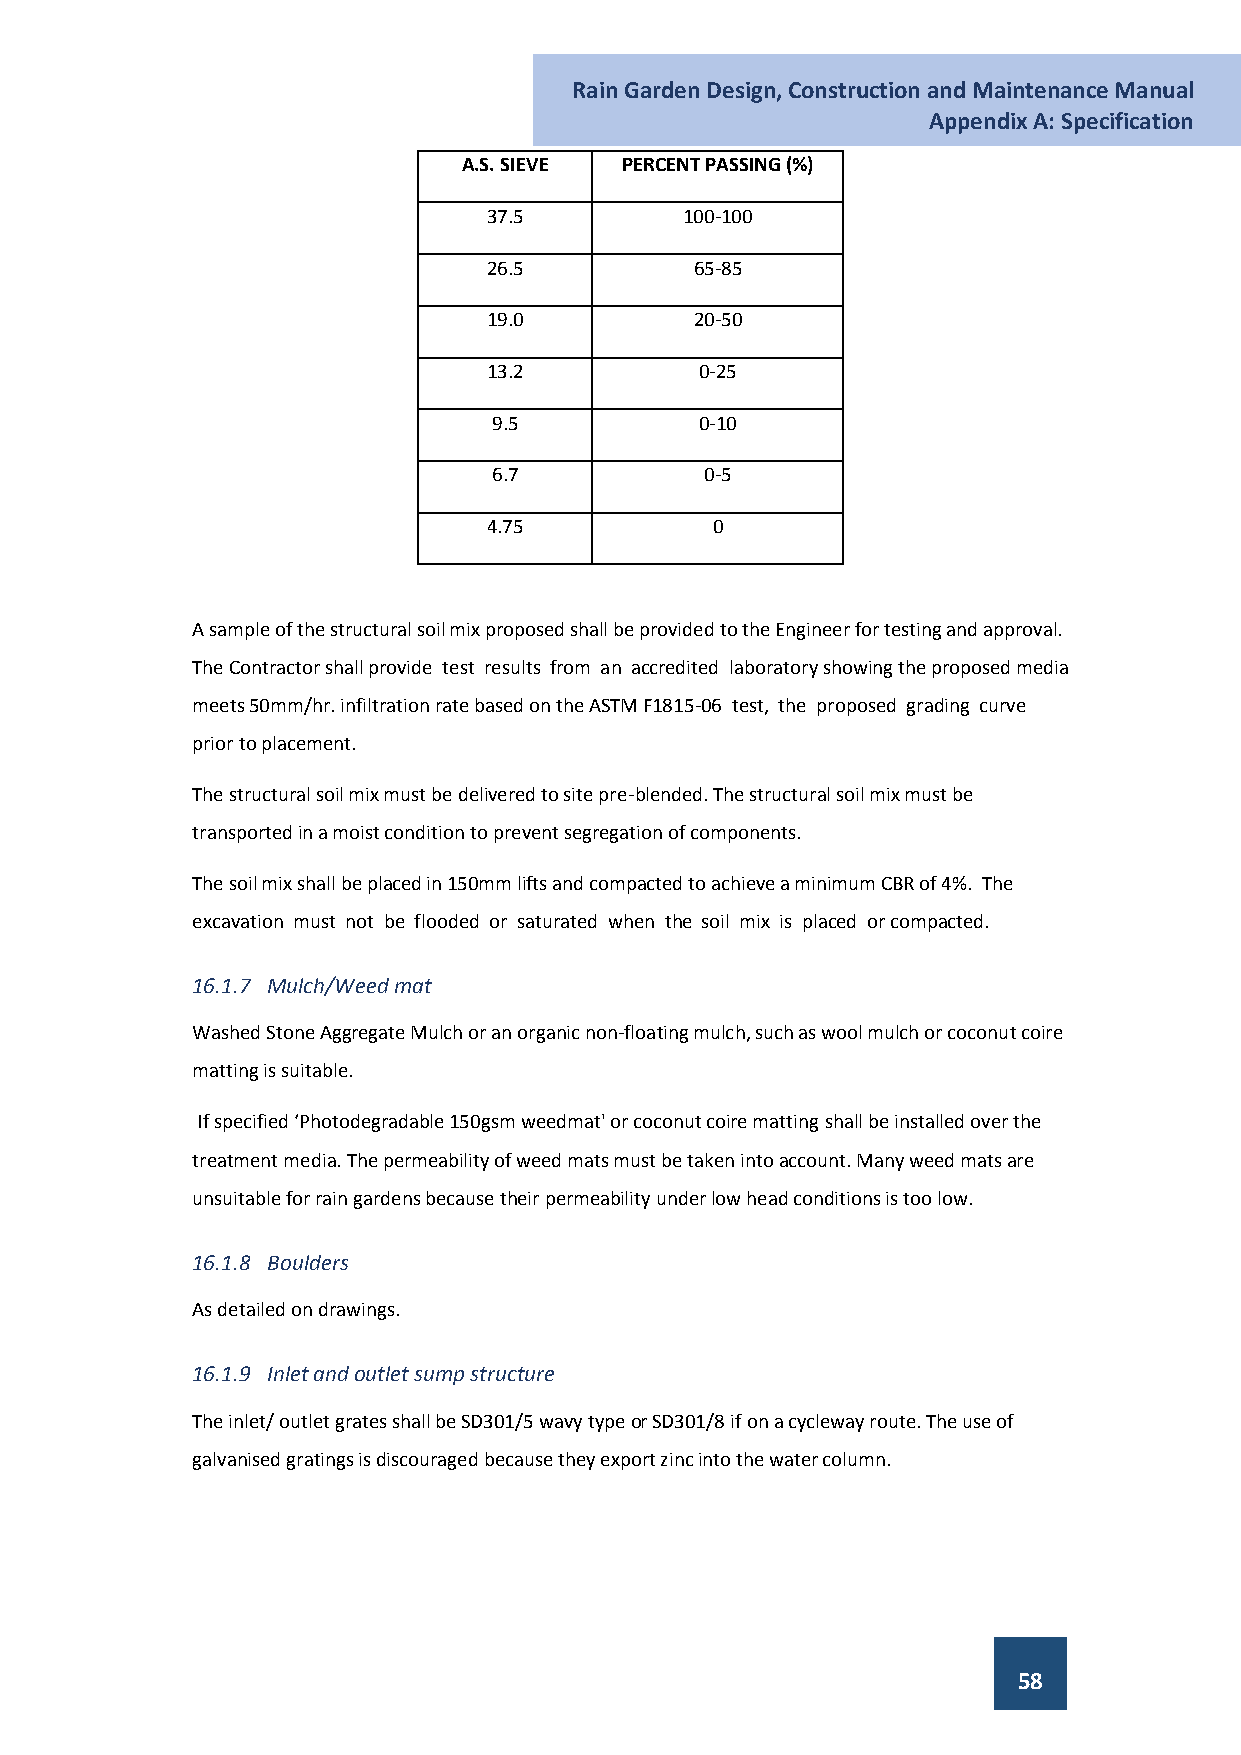
Rain Garden Design, Construction and Maintenance Manual
 Appendix A: Specification
 A.S. SIEVE PERCENT PASSING (%)
 37.5         100-100
 26.5          65-85
 19.0          20-50
 13.2          0-25
 9.5          0-10
 6.7           0-5
 4.75           0
 A sample of the structural soil mix proposed shall be provided to the Engineer for testing and approval.
 The Contractor shall provide test results from an accredited laboratory showing the proposed media
 meets 50mm/hr. infiltration rate based on the ASTM F1815-06 test, the proposed grading curve
 prior to placement.
 The structural soil mix must be delivered to site pre-blended. The structural soil mix must be
 transported in a moist condition to prevent segregation of components.
 The soil mix shall be placed in 150mm lifts and compacted to achieve a minimum CBR of 4%. The
 excavation must not be flooded or saturated when the soil mix is placed or compacted.
 16.1.7 Mulch/Weed mat
 Washed Stone Aggregate Mulch or an organic non-floating mulch, such as wool mulch or coconut coire
 matting is suitable.
 If specified ‘Photodegradable 150gsm weedmat' or coconut coire matting shall be installed over the
 treatment media. The permeability of weed mats must be taken into account. Many weed mats are
 unsuitable for rain gardens because their permeability under low head conditions is too low.
 16.1.8 Boulders
 As detailed on drawings.
 16.1.9 Inlet and outlet sump structure
 The inlet/ outlet grates shall be SD301/5 wavy type or SD301/8 if on a cycleway route. The use of
 galvanised gratings is discouraged because they export zinc into the water column.
 58